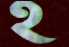
হ